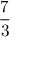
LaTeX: \frac { 7 } { 3 }